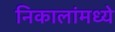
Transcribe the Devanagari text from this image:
निकालांमध्ये